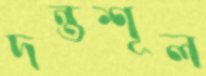
দন্তশূল